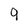
Character: 9